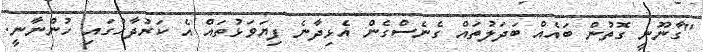
"ގާނޫނީ ގޮތުން ބައެއް ބަދަލުތައް ގެނެސްގެން އެޅިދާނެ ފިޔަވަޅުތައް އެ ކަރުދާހުގައި ހުންނާނީ.